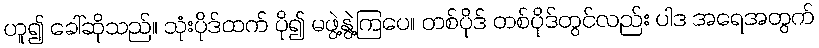
ဟူ၍ ခေါ်ဆိုသည်။ သုံးပိုဒ်ထက် ပို၍ မဖွဲ့နွဲ့ကြပေ။ တစ်ပိုဒ် တစ်ပိုဒ်တွင်လည်း ပါဒ အရေအတွက်